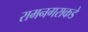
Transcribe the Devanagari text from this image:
रामनगराकडे